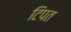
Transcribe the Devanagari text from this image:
टिपत